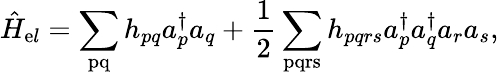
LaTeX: \hat{H}_{\mathrm{e}l}=\sum_{\mathrm{pq}}h_{pq}a_{p}^{\dagger}a_{q}+\frac{1}{2}\sum_{\mathrm{pqrs}}h_{pqrs}a_{p}^{\dagger}a_{q}^{\dagger}a_{r}a_{s},